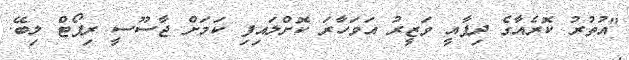
"އުތުރު ކޮރެއާގެ ދިފާއީ ވަޒީރު އަވަހާރަ ކޮށްލައިފި ކަމަށް ޖާސޫސީ ރިޕޯޓް ލިބޭ.